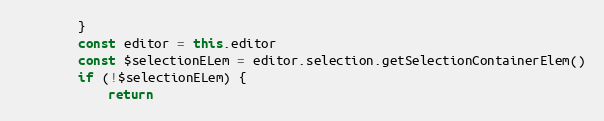
Language: JavaScript
        }
        const editor = this.editor
        const $selectionELem = editor.selection.getSelectionContainerElem()
        if (!$selectionELem) {
            return